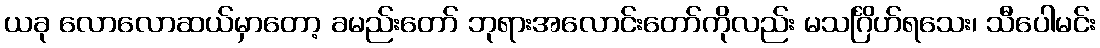
ယခု လောလောဆယ်မှာတော့ ခမည်းတော် ဘုရားအလောင်းတော်ကိုလည်း မသင်္ဂြိဟ်ရသေး၊ သီပေါမင်း